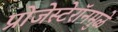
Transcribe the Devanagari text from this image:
प्रोजेस्टेरॉनमुळे